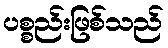
ပစ္စည်းဖြစ်သည်